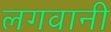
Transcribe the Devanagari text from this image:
लगवानी